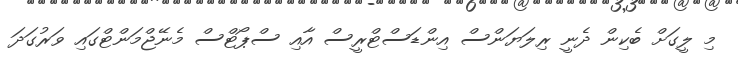
މި ލީގަށް ބެކިން ދެނީ ރިލަޔަންސް އިންޑަސްޓްރީސް އާއި ސްޕޯޓްސް މެނޭޖްމަންޓްގައި ވަރުގަދަ